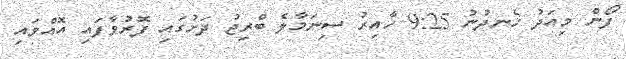
ފޯން މިއަދު ހެނދުނު 9:25 ހާއިރު ސިނަމާލެ ބްރިޖު ދަށުގައި ފޮރުވާފައި އޮއްވައި